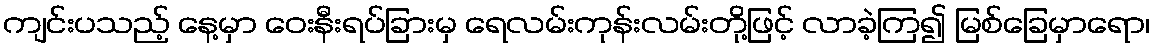
ကျင်းပသည့် နေ့မှာ ဝေးနီးရပ်ခြားမှ ရေလမ်းကုန်းလမ်းတို့ဖြင့် လာခဲ့ကြ၍ မြစ်ခြေမှာရော၊